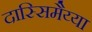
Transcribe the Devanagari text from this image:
दास्सिमैय्या